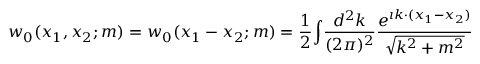
w _ { 0 } ( x _ { 1 } , x _ { 2 } ; m ) = w _ { 0 } ( x _ { 1 } - x _ { 2 } ; m ) = \frac 1 2 \displaystyle { \int } \frac { d ^ { 2 } k } { ( 2 \pi ) ^ { 2 } } \frac { e ^ { \imath k \cdot ( x _ { 1 } - x _ { 2 } ) } } { \sqrt { k ^ { 2 } + m ^ { 2 } } }